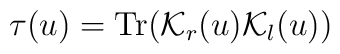
\tau (u)={\rm Tr}( {\cal K}_{r}(u){\cal K}_{l}(u))